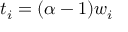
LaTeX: t _ { i } = ( \alpha - 1 ) w _ { i }